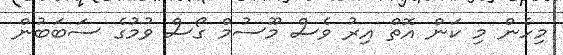
މިހެން މި ކަން އޮތް އިރު ވެސް މޫސުމް ގޯސް ވުމުގެ ސަބަބުން